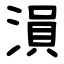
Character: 溳